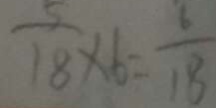
\frac { 5 } { 1 8 } \times 6 = \frac { 6 } { 1 8 }